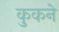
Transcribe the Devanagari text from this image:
कुकने